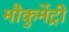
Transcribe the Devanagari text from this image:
मौकुमेंट्री